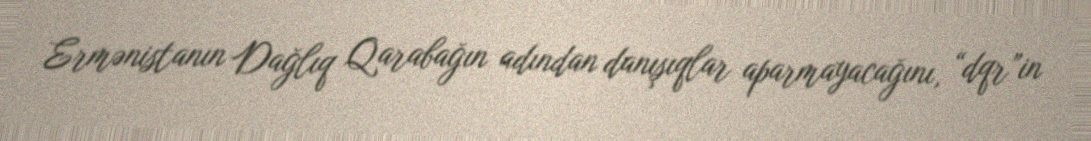
Ermənistanın Dağlıq Qarabağın adından danışıqlar aparmayacağını, “dqr”in